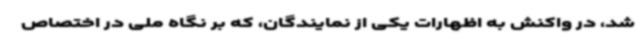
شد، در واکنش به اظهارات یکی از نمایندگان، که بر نگاه ملی در اختصاص